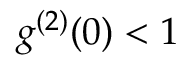
g ^ { ( 2 ) } ( 0 ) < 1